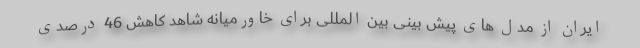
ایران از مدل های پیش بینی بین المللی برای خاورمیانه شاهد کاهش 46 درصدی